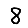
Digit: 8